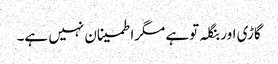
گاڑی اور بنگلہ توہے مگراطمینان نہیں ہے۔